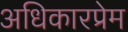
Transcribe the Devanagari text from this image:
अधिकारप्रेम